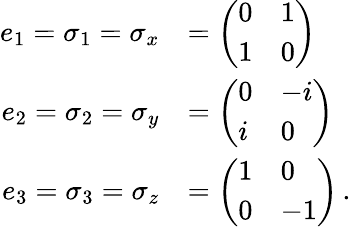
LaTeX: {\begin{array}{rl}{e_{1}=\sigma_{1}=\sigma_{x}}&{={\left(\begin{array}{ll}{0}&{1}\\ {1}&{0}\end{array}\right)}}\\ {e_{2}=\sigma_{2}=\sigma_{y}}&{={\left(\begin{array}{ll}{0}&{-i}\\ {i}&{0}\end{array}\right)}}\\ {e_{3}=\sigma_{3}=\sigma_{z}}&{={\left(\begin{array}{ll}{1}&{0}\\ {0}&{-1}\end{array}\right)}\, .}\end{array}}